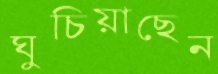
ঘুচিয়াছেন